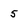
Character: 5